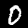
Label: 0